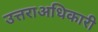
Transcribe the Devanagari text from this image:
उत्तराअधिकारी